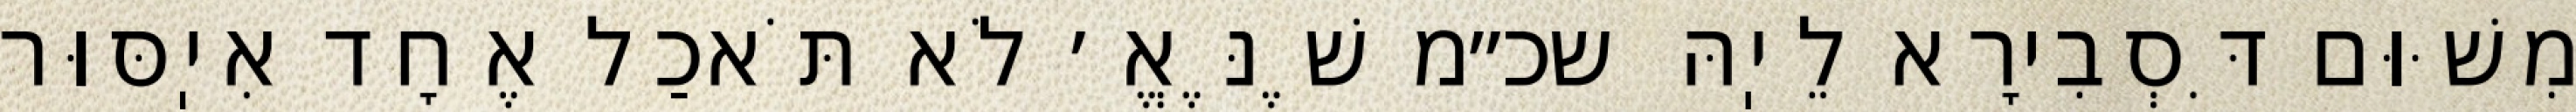
מִשּׁוּם דִּסְבִירָא לֵיֽהּ שכ״מ שֶׁנֶּאֱ׳ לֹא תֹּאכַל אֶחָד אִיֽסּוּר